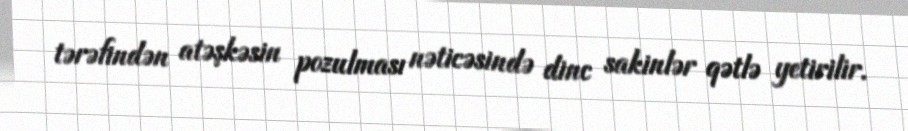
tərəfindən atəşkəsin pozulması nəticəsində dinc sakinlər qətlə yetirilir.